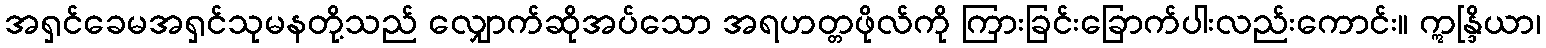
အရှင်ခေမအရှင်သုမနတို့သည် လျှောက်ဆိုအပ်သော အရဟတ္တဖိုလ်ကို ကြားခြင်းခြောက်ပါးလည်းကောင်း။ ဣန္ဒြိယာ၊